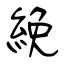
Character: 絻